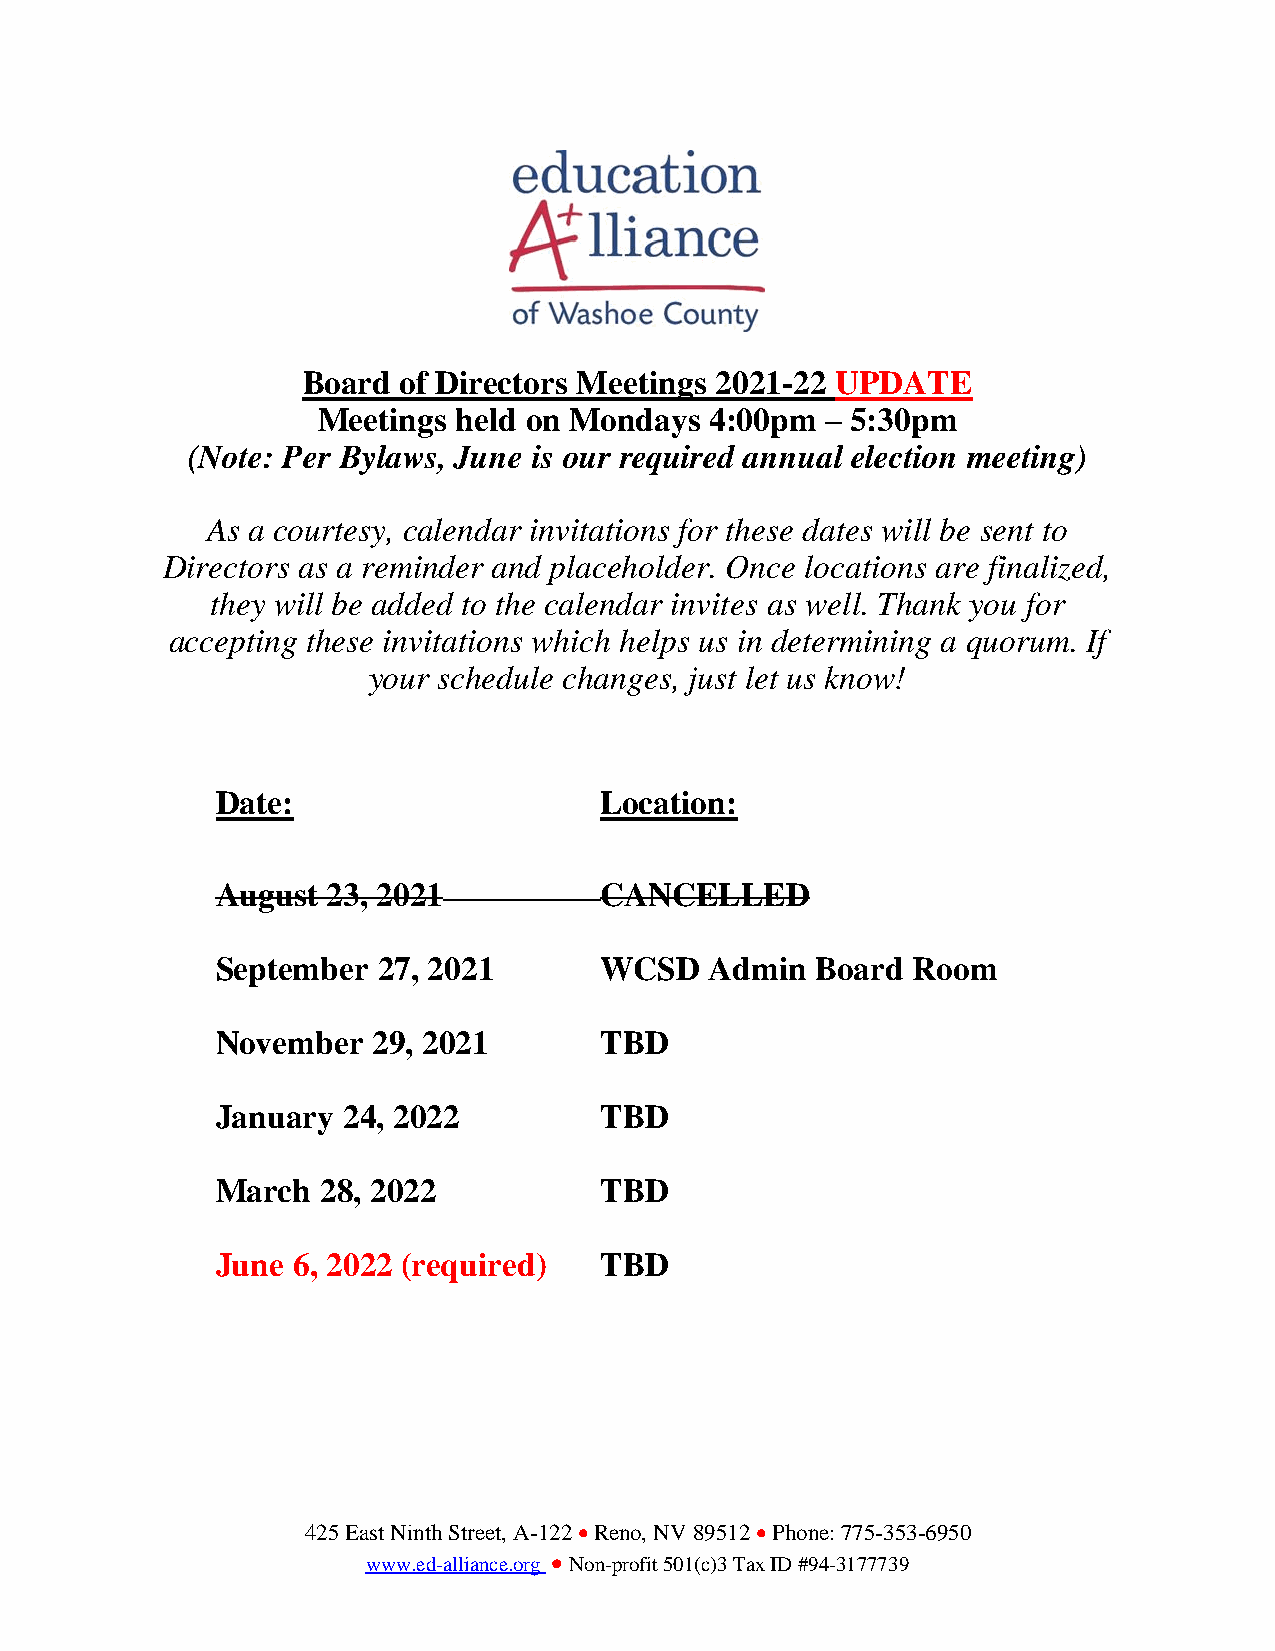
Board of Directors Meetings 2021-22 UPDATE
 Meetings held on Mondays  4:00pm  – 5:30pm
 (Note: Per Bylaws, June is our required annual election meeting)
 As a courtesy, calendar invitations for these dates will be sent to
 Directors as a reminder and placeholder. Once locations are finalized,
 they will be added to the calendar invites as well. Thank you for
 accepting these invitations which helps us in determining a quorum. If
 your schedule changes, just let us know!
 Date:                     Location:
 August  23, 2021          CANCELLED
 September  27, 2021       WCSD   Admin  Board Room
 November   29, 2021       TBD
 January  24, 2022         TBD
 March  28, 2022           TBD
 June 6, 2022 (required)   TBD
 425 East Ninth Street, A-122 • Reno, NV 89512 • Phone: 775-353-6950
 www.ed-alliance.org • Non-profit 501(c)3 Tax ID #94-3177739